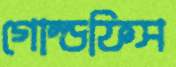
গোল্ডফিস